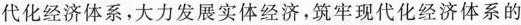
代化经济体系，大力发展实体经济，筑牢现代化经济体系的